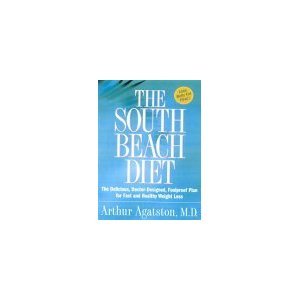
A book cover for The South Beach Diet: The Delicious, Doctor-Designed, Foolproof Plan for Fast and Healthy Weight Loss; Arthur Agatston; Health, Fitness & Dieting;